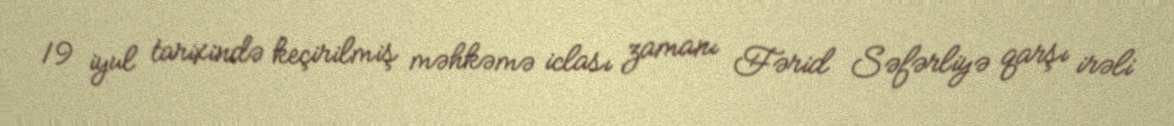
19 iyul tarixində keçirilmiş məhkəmə iclası zamanı Fərid Səfərliyə qarşı irəli